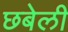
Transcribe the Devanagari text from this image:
छबेली